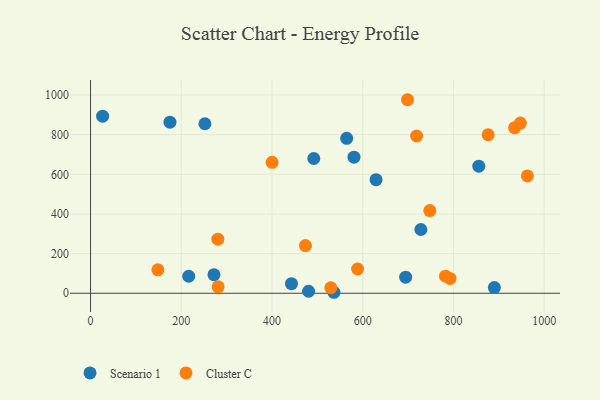
{"axis": {"x": "Study Hours", "y": "Salary"}, "legend": ["Cluster C", "Scenario 1"], "data": [{"x": "855.8", "y": 640.9, "type": "Scenario 1"}, {"x": "536.5", "y": 5.0, "type": "Scenario 1"}, {"x": "26.6", "y": 893.3, "type": "Scenario 1"}, {"x": "216.4", "y": 85.8, "type": "Scenario 1"}, {"x": "728.1", "y": 321.7, "type": "Scenario 1"}, {"x": "694.6", "y": 81.1, "type": "Scenario 1"}, {"x": "272.1", "y": 93.7, "type": "Scenario 1"}, {"x": "442.9", "y": 48.5, "type": "Scenario 1"}, {"x": "564.6", "y": 781.8, "type": "Scenario 1"}, {"x": "252.1", "y": 855.2, "type": "Scenario 1"}, {"x": "480.6", "y": 10.1, "type": "Scenario 1"}, {"x": "890.1", "y": 28.5, "type": "Scenario 1"}, {"x": "629.3", "y": 572.8, "type": "Scenario 1"}, {"x": "175.0", "y": 862.9, "type": "Scenario 1"}, {"x": "492.1", "y": 679.9, "type": "Scenario 1"}, {"x": "580.7", "y": 686.3, "type": "Scenario 1"}, {"x": "962.9", "y": 592.1, "type": "Cluster C"}, {"x": "782.4", "y": 86.3, "type": "Cluster C"}, {"x": "934.8", "y": 835.1, "type": "Cluster C"}, {"x": "473.7", "y": 240.8, "type": "Cluster C"}, {"x": "698.7", "y": 976.3, "type": "Cluster C"}, {"x": "280.6", "y": 272.9, "type": "Cluster C"}, {"x": "792.4", "y": 75.1, "type": "Cluster C"}, {"x": "529.6", "y": 27.8, "type": "Cluster C"}, {"x": "148.4", "y": 118.2, "type": "Cluster C"}, {"x": "747.8", "y": 417.1, "type": "Cluster C"}, {"x": "947.4", "y": 858.5, "type": "Cluster C"}, {"x": "718.7", "y": 793.2, "type": "Cluster C"}, {"x": "400.1", "y": 660.4, "type": "Cluster C"}, {"x": "588.7", "y": 122.4, "type": "Cluster C"}, {"x": "876.4", "y": 799.6, "type": "Cluster C"}, {"x": "281.2", "y": 32.7, "type": "Cluster C"}]}